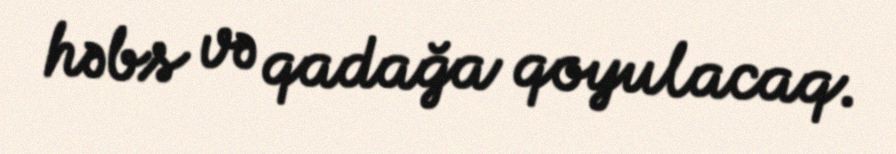
həbs və qadağa qoyulacaq.